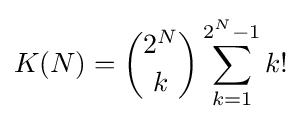
K(N)={\binom {2^{N}}{k}}\sum _{k=1}^{2^{N}-1}k!